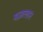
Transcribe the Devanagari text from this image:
मज़त्लान